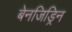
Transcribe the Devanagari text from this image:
बेनजिड्रिन